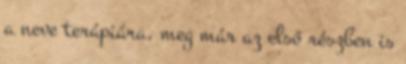
a neve terápiára, meg már az első részben is